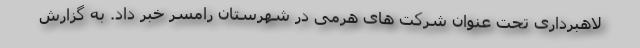
لاهبرداری تحت عنوان شرکت های هرمی در شهرستان رامسر خبر داد. به گزارش